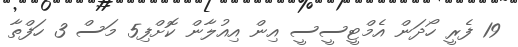
19 ފެރީ ހޯދަން އެމްޓީސީސީ އިން އިއުލާން ކޮށްފި5 މަސް 3 ހަފްތާ